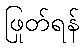
ဖြုတ်ရန်